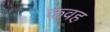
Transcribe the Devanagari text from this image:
कवह